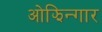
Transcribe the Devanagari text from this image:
ओझिन्गार